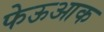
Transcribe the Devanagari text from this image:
फेऊआक